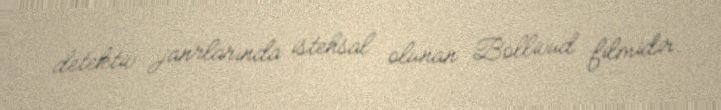
detektiv janrlarında istehsal olunan Bollivud filmidir.